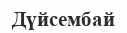
Дүйсембай